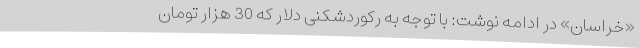
«خراسان» در ادامه نوشت: با توجه به رکوردشکنی دلار که 30 هزار تومان